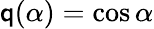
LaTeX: \mathsf{q}(\alpha)=\cos{\alpha}